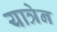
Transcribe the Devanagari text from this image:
यात्रेन